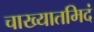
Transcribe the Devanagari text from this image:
चाख्यातमिदं